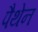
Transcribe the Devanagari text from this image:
पैथेन